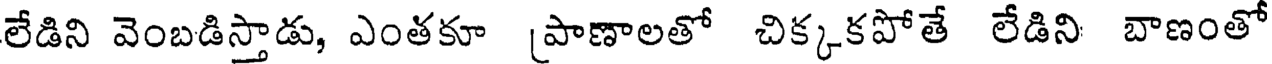
లేడిని వెంబడిస్తాడు, ఎంతకూ [పాణాలతో చిక్కకపోతే లేడిని బాణంతో